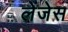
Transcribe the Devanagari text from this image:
लेंजेस